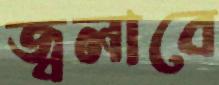
জ্বলাবে